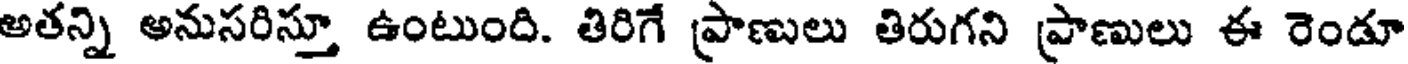
అతన్ని అనుసరిస్తూ ఉంటుంది. తిరిగే ప్రాణులు తిరుగని ప్రాణులు ఈ రెండూ